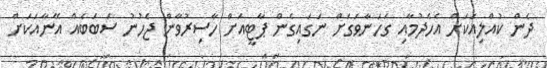
ދެން ކުއްލިއަކަށް އެހެދުމާއި ގަހަނާވަގަށް ނަގައިގެން ޕާޓީއަށް ހާސިރުވާން ޖެހުނު ސަބަބެއް އޭނާއަކަށް